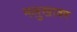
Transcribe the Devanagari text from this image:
मलुखावर